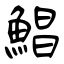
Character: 鯧